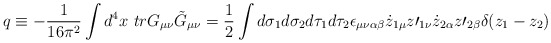
\begin{align*}q\equiv -\frac{1}{16\pi^2}\int d^4x\mbox{ } trG_{\mu\nu}\tilde{G}_{\mu \nu}=\frac{1}{2}\int d\sigma_1 d\sigma_2 d\tau_1 d\tau_2\epsilon_{\mu \nu \alpha \beta} \dot{z}_{1\mu}z\prime_{1\nu}\dot{z}_{2\alpha}z\prime_{2\beta}\delta(z_1-z_2)\end{align*}